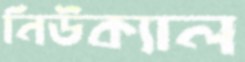
নিউক্যাল